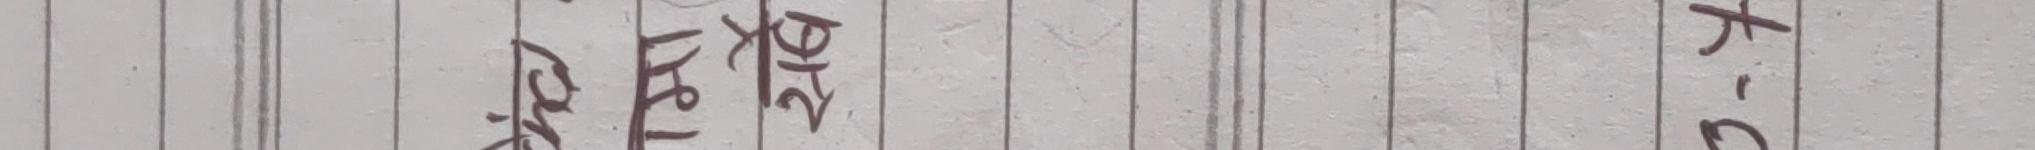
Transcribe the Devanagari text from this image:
नाईट भिजन क्यामेरा